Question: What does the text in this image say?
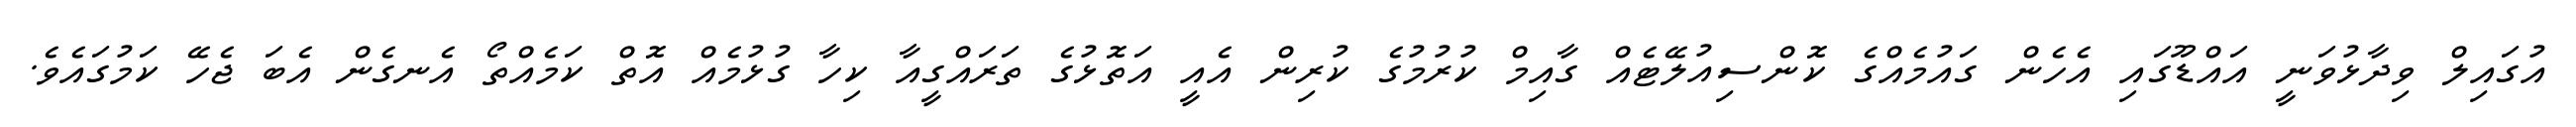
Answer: އުގައިލް ވިދާޅުވަނީ އައްޑޫގައި އެހެން ގައުމެއްގެ ކޮންސިއުލޭޓެއް ގާއިމް ކުރުމުގެ ކުރިން އެއީ އަތޮޅުގެ ތަރައްގީއާ ކިހާ ގުޅުމެއް އޮތް ކަމެއްތޯ އެނގެން އެބަ ޖެހޭ ކަމުގައެވެ.